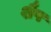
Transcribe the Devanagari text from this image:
शैप